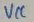
Text: VCC